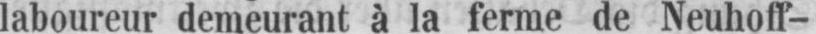
laboureur demeurant à la ferme de Neuhoff-